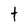
Character: t